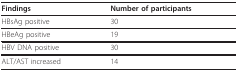
| Findings | Number of participants |
 | --- | --- |
 | HBsAg positive | 30 |
 | HBeAg positive | 19 |
 | HBV DNA positive | 30 |
 | ALT/AST increased | 14 |